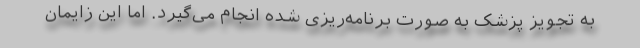
به تجویز پزشک به صورت برنامه‌ریزی شده انجام می‌گیرد. اما این زایمان